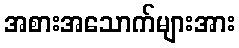
အစားအသောက်များအား